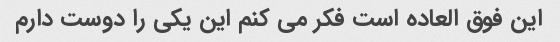
این فوق العاده است فکر می کنم این یکی را دوست دارم